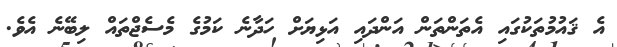
އެ ޤައުމުތަކުގައި އެތަންތަން އަންދައި އަޅިޔަށް ހަދާނެ ކަމުގެ މެސެޖްތައް ލިބޭނެ އެވެ.